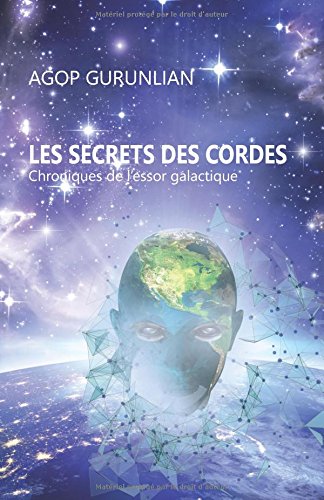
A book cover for Les secrets des cordes: Chroniques de l'essor galactique (French Edition); M. Agop Gurunlian; Science Fiction & Fantasy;